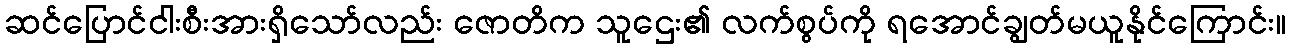
ဆင်ပြောင်ငါးစီးအားရှိသော်လည်း ဇောတိက သူဌေး၏ လက်စွပ်ကို ရအောင်ချွတ်မယူနိုင်ကြောင်း။